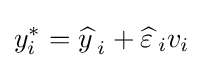
y_{i}^{*}={\widehat {y\,}}_{i}+{\widehat {\varepsilon \,}}_{i}v_{i}